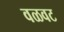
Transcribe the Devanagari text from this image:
वळवट